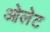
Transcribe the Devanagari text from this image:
ओलेट